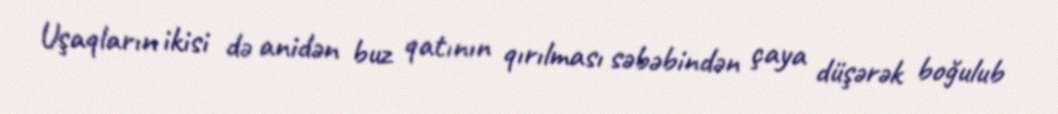
Uşaqların ikisi də anidən buz qatının qırılması səbəbindən çaya düşərək boğulub